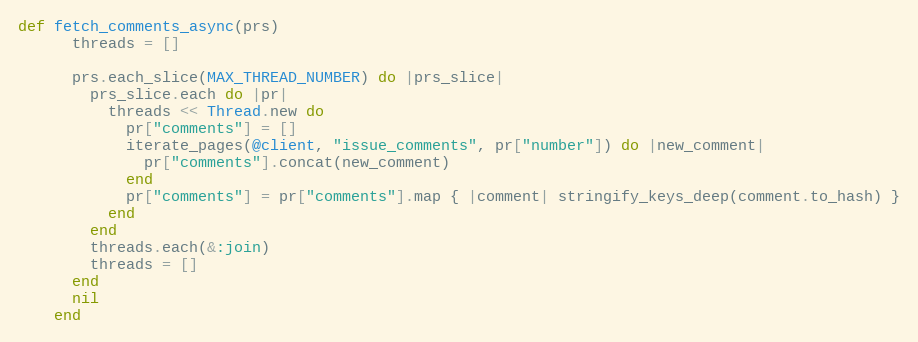
Language: Ruby
def fetch_comments_async(prs)
      threads = []

      prs.each_slice(MAX_THREAD_NUMBER) do |prs_slice|
        prs_slice.each do |pr|
          threads << Thread.new do
            pr["comments"] = []
            iterate_pages(@client, "issue_comments", pr["number"]) do |new_comment|
              pr["comments"].concat(new_comment)
            end
            pr["comments"] = pr["comments"].map { |comment| stringify_keys_deep(comment.to_hash) }
          end
        end
        threads.each(&:join)
        threads = []
      end
      nil
    end